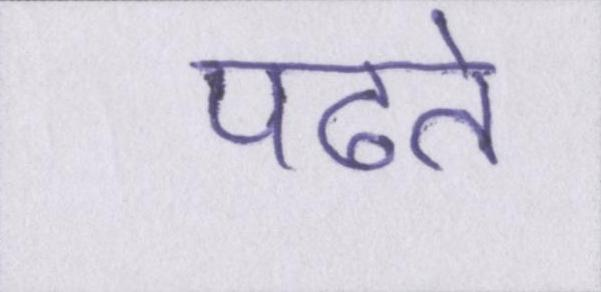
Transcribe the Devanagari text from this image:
पढते